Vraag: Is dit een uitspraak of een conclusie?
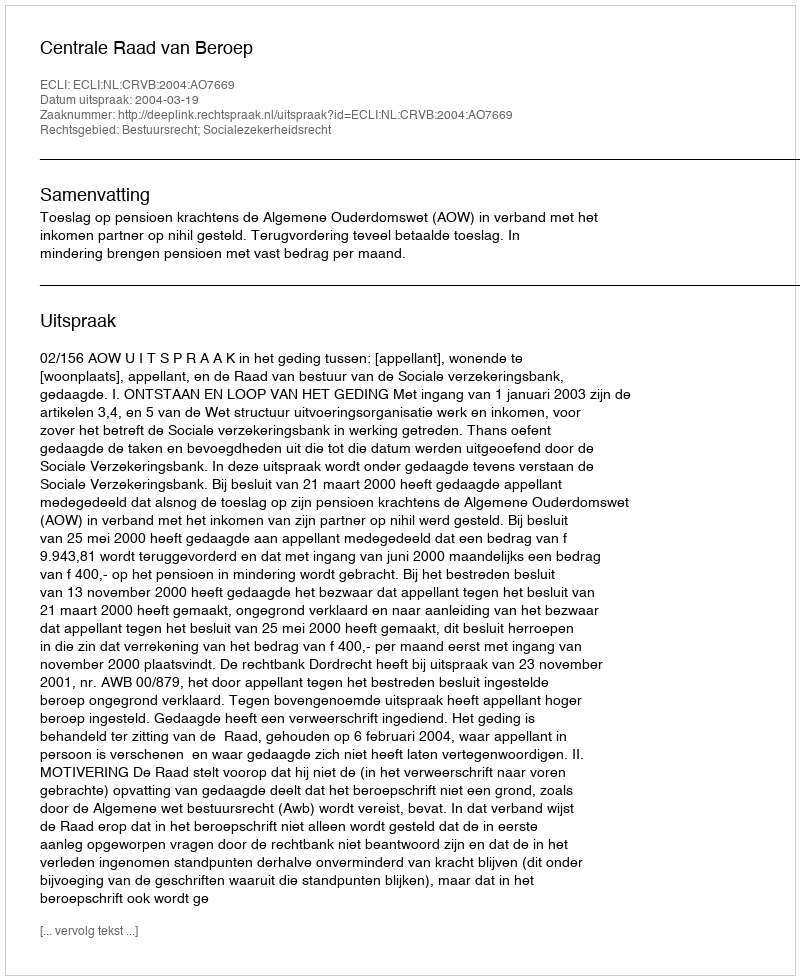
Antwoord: Uitspraak